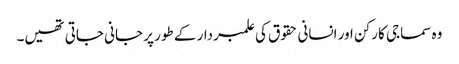
وہ سماجی کارکن اور انسانی حقوق کی علمبردار کے طور پر جانی جاتی تھیں۔